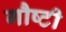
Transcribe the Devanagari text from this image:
गौष्टी